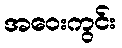
အဝေးကွင်း